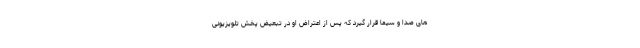
های صدا و سیما قرار گیرد که پس از اعتراض او در تبعیض پخش تلویزیونی